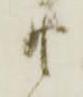
衛